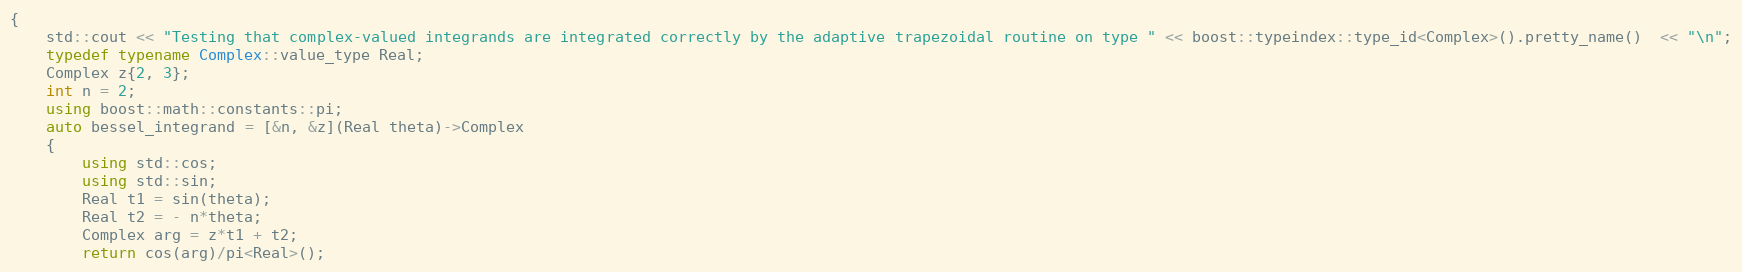
Language: C++
{
    std::cout << "Testing that complex-valued integrands are integrated correctly by the adaptive trapezoidal routine on type " << boost::typeindex::type_id<Complex>().pretty_name()  << "\n";
    typedef typename Complex::value_type Real;
    Complex z{2, 3};
    int n = 2;
    using boost::math::constants::pi;
    auto bessel_integrand = [&n, &z](Real theta)->Complex
    {
        using std::cos;
        using std::sin;
        Real t1 = sin(theta);
        Real t2 = - n*theta;
        Complex arg = z*t1 + t2;
        return cos(arg)/pi<Real>();